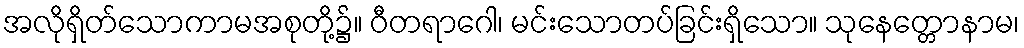
အလိုရှိတ်သောကာမအစုတို့၌။ ဝီတရာဂေါ၊ မင်းသောတပ်ခြင်းရှိသော။ သုနေတ္တောနာမ၊